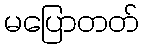
မပြောတတ်